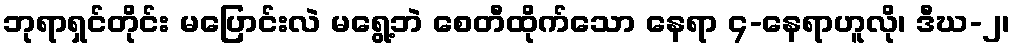
ဘုရာရှင်တိုင်း မပြောင်းလဲ မရွေ့ဘဲ စေတီထိုက်သော နေရာ ၄-နေရာဟူလို၊ ဒီဃ-၂၊